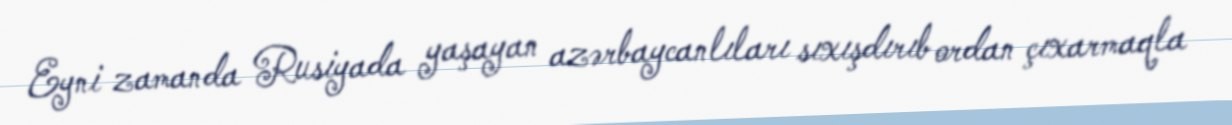
Eyni zamanda Rusiyada yaşayan azərbaycanlıları sıxışdırıb ordan çıxarmaqla